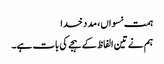
ہمت نسواں، مد د خدا
ہم نے تین الفاظ کے ہجے کی بات ہے۔